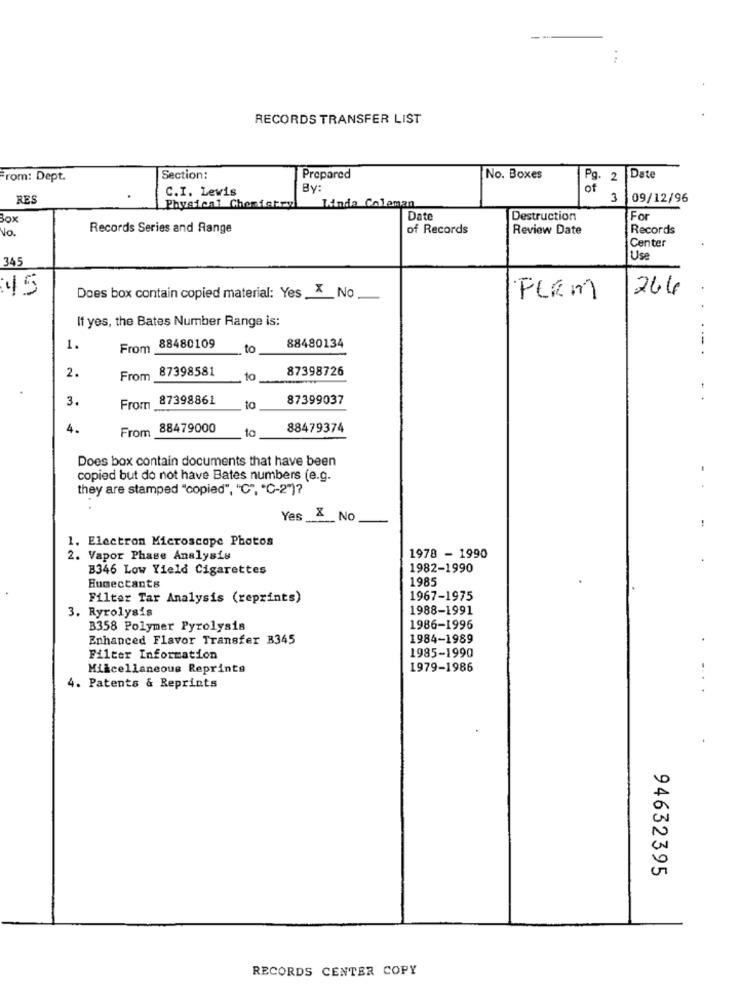
RECORDS TRANSFER LIST
From: Dept.
Section:
Prepared
No. Boxes
Pg. 2 Date
C.I. Lewis
By:
of
RES
3
09/12/96
Physical Chemistryl
Linda Coleman
Box
Date
Destruction
For
No.
Records Series and Range
of Records
Review Date
Records
Center
345
Use
:45
Does box contain copied material: Yes _X_No
264
FLEM
If yes, the Bates Number Range is:
1.
From
88480109
to
88480134
2.
87398581
87398726
From
to
3.
From 87398861
87399037
..
to
4.
88479000
88479374
From
Does box contain documents that have been
copied but do not have Bates numbers (e.g.
they are stamped "copied", "C", "C-2")?
Yes X NO
1. Electron Microscope Photos
2. Vapor Phase Analysis
1978 - 1990
B346 Low Yield Cigarettes
1982-1990
1985
Humectants
Filter Tar Analysis (reprints)
1967-1975
3. Ryrolysis
1988-1991
B358 Polymer Pyrolysis
1986-1996
Enhanced Flavor Transfer B345
1984-1989
1985-1990
Filter Information
Miscellaneous Reprints
1979-1986
4. Patents & Reprints
94632395
RECORDS CENTER COPY